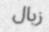
زبال